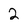
Character: 2